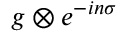
g \otimes e ^ { - i n \sigma }